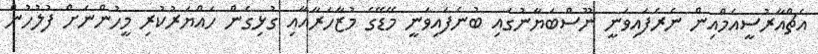
އެޗްއާރުސީއެމްއިން ނެރެފައިވަނީ ނޫސްބަޔާނުގައި ބުނެފައިވަނީ މޭޑޭގެ މުޒާހަރާއާއި ގުޅިގެން ހައްޔަރުކުރި މީހުންނަށް ފުލުހުން